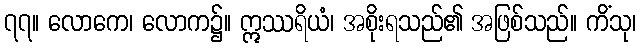
၇၇။ လောကေ၊ လောက၌။ ဣဿရိယံ၊ အစိုးရသည်၏ အဖြစ်သည်။ ကိံသု၊